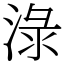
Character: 淥